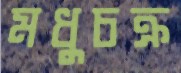
মধুচক্র